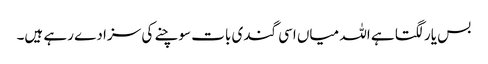
بس یار لگتا ہے اللہ میاں اسی گندی بات سوچنے کی سزا دے رہے ہیں۔